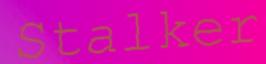
Stalker